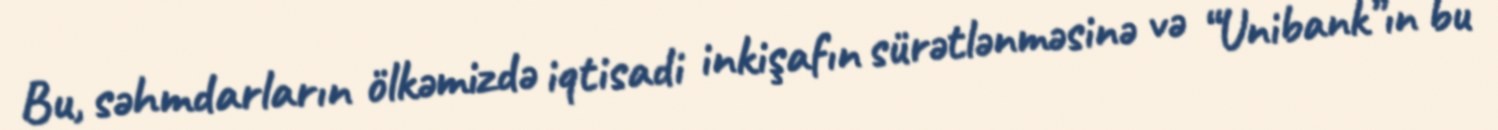
Bu, səhmdarların ölkəmizdə iqtisadi inkişafın sürətlənməsinə və “Unibank”ın bu